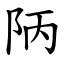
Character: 陃